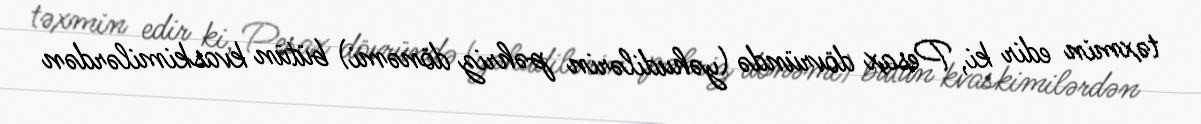
təxmin edir ki, Pesax dövründə (yəhudilərin pəhriz dönəmi) bütün kvaskimilərdən